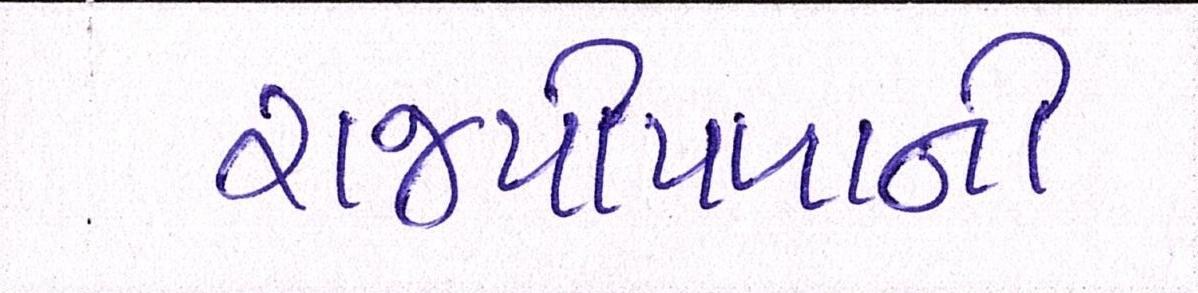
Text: રાજપીપળાની